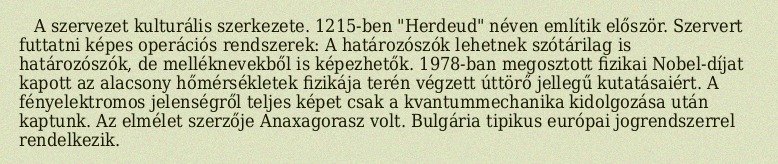
A szervezet kulturális szerkezete. 1215-ben "Herdeud" néven említik először. Szervert futtatni képes operációs rendszerek: A határozószók lehetnek szótárilag is határozószók, de melléknevekből is képezhetők. 1978-ban megosztott fizikai Nobel-díjat kapott az alacsony hőmérsékletek fizikája terén végzett úttörő jellegű kutatásaiért. A fényelektromos jelenségről teljes képet csak a kvantummechanika kidolgozása után kaptunk. Az elmélet szerzője Anaxagorasz volt. Bulgária tipikus európai jogrendszerrel rendelkezik.